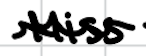
Text: Miss
Cross-out: wave
Writing tool: digital_black